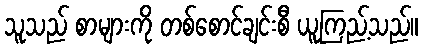
သူသည် စာများကို တစ်စောင်ချင်းစီ ယူကြည့်သည်။